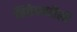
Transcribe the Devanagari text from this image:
निवेदनशैली